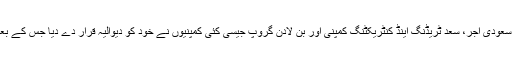
لیکن سنہ 2016 میں یکے بعد دیگرے سعودی آجر، سعد ٹریڈنگ اینڈ کنٹریکٹنگ کمپنی اور بن لادن گروپ جیسی کئی کمپنیوں نے خود کو دیوالیہ قرار دے دیا جس کے بعد متعدد پاکستانیوں کو وطن واپس آنا پڑا۔